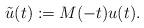
LaTeX: \begin{align*}\tilde u(t):=M(-t)u(t).\end{align*}